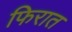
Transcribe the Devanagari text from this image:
फिरात